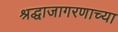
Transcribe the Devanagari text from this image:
श्रद्धाजागरणाच्या